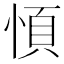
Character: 㥧